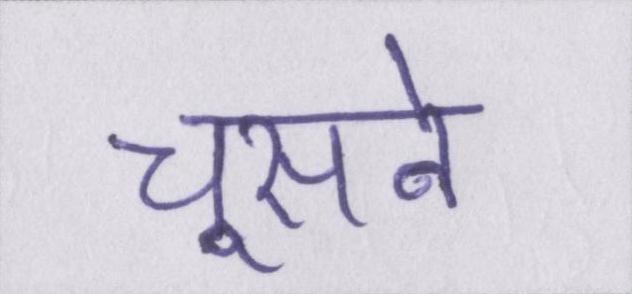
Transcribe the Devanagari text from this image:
चूसने